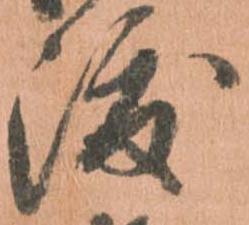
渡